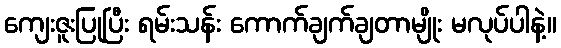
ကျေးဇူးပြုပြီး ရမ်းသန်း ကောက်ချက်ချတာမျိုး မလုပ်ပါနဲ့။